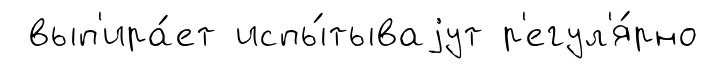
вып'ира́ет испы́тываjут р'егул'я́рно